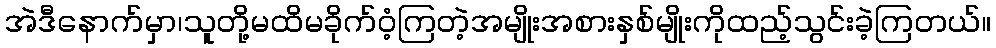
အဲဒီနောက်မှာ၊သူတို့မထိမခိုက်ဝံ့ကြတဲ့အမျိုးအစားနှစ်မျိုးကိုထည့်သွင်းခဲ့ကြတယ်။